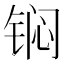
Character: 𮸎